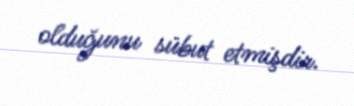
olduğunu sübut etmişdir.